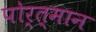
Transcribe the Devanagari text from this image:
पोर्त्मान